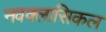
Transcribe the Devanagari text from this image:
नवक्लासिकल